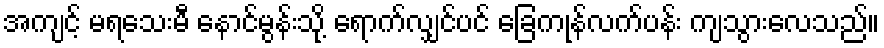
အကျင့် မရသေးမီ နောင်မွန်းသို့ ရောက်လျှင်ပင် ခြေကုန်လက်ပန်း ကျသွားလေသည်။